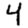
Digit: 4